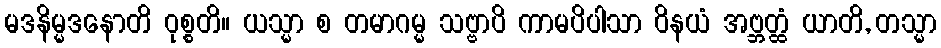
မဒနိမ္မဒနောတိ ဝုစ္စတိ။ ယသ္မာ စ တမာဂမ္မ သဗ္ဗာပိ ကာမပိပါသာ ဝိနယံ အဗ္ဘတ္ထံ ယာတိ, တသ္မာ